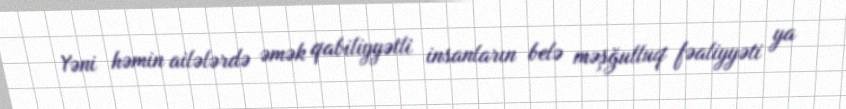
Yəni həmin ailələrdə əmək qabiliyyətli insanların belə məşğulluq fəaliyyəti ya